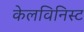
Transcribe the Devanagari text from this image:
केलविनिस्ट